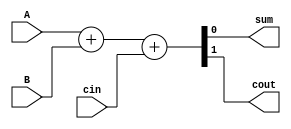
`timescale 1 ns / 100 ps

module FA(
  input  A,
  input  B,
  input  cin,
  output sum,
  output cout
);

assign {cout, sum} = A + B + cin;

endmodule


module clu(
  input  [3:0] A,
  input  [3:0] B,
  input        cin,
  input        bypass,
  output       P,
  output       G,
  output [3:0] cout
);

reg [3:0] g;
reg [3:0] p;
reg [4:0] c;

integer i;
always@(*) begin
  c[0] = cin;
  for (i=0; i<4; i=i+1) begin
    g[i]   = bypass ? A[i] : A[i] & B[i];
    p[i]   = bypass ? B[i] : A[i] ^ B[i];
    c[i+1] = g[i] | (p[i] & c[i]);
  end
end

assign G = (                     g[3])|
           (              p[3] & g[2])| 
           (       p[3] & p[2] & g[1])|
           (p[3] & p[2] & p[1] & g[0]);
assign P = &p;
assign cout = c[4:1];

endmodule

module FA4(
  input  [3:0] A,
  input  [3:0] B,
  input  [3:0] cin,
  output [3:0] sum
);

wire [3:0] cout;

genvar i;
generate
  for(i=0; i<4; i=i+1) begin
    FA fa (.A(A[i]),
           .B(B[i]),
           .cin(cin[i]),
           .sum(sum[i]),
           .cout(cout[i]));
  end
endgenerate

endmodule

module mlcladder(
  input  [15:0] A,
  input  [15:0] B,
  input         cin,
  output [15:0] sum,
  output        cout
);

wire [4:0] C;
wire [16:0] c;
wire [3:0] P;
wire [3:0] G;
wire P_redundant, G_redundant;

assign C[0] = cin;
assign c[0] = cin;
assign cout = c[16];

clu clu_u0(.A(G),
           .B(P),
           .cin(cin),
           .bypass(1'b1),
           .P(P_redundant),
           .G(G_redundant),
           .cout(C[4:1]));

genvar i;
generate
  for(i=0; i<4; i=i+1) begin
    clu clu_u(.A(A[i*4+3:i*4]),
              .B(B[i*4+3:i*4]),
              .cin(C[i]),
              .bypass(1'b0),
              .P(P[i]),
              .G(G[i]),
              .cout(c[i*4+4:i*4+1]));

    FA4 fa4(.A(A[i*4+3:i*4]),
            .B(B[i*4+3:i*4]),
            .cin(c[i*4+3:i*4]),
            .sum(sum[i*4+3:i*4]));
  end
endgenerate

endmodule